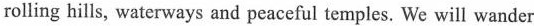
rolling hills, waterways and peaceful temples. We will wander